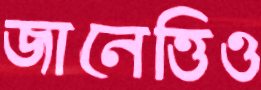
জানেত্তিও